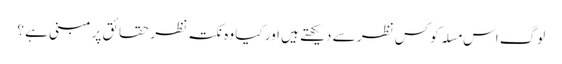
لوگ اس مسلہ کو کس نظر سے دیکھتے ہیں اور کیا وہ نکتہ نظر حقائق پر مبنی ہے ؟